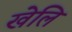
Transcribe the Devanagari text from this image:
खेलि